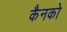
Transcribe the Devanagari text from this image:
कैनको